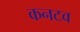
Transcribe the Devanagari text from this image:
कनटव